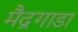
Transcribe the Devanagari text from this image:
मैद्रगाडा